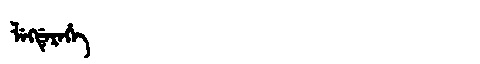
Manchu: ᠯᡝᡴᡩᡝᡵᡝᡥᡝ
Romanization: LEKDEREHE